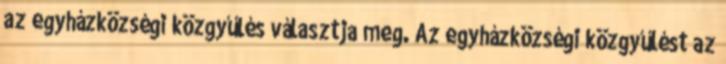
az egyházközségi közgyűlés választja meg. Az egyházközségi közgyűlést az